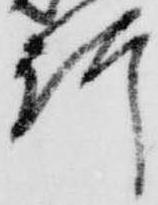
行